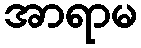
အာရာမ